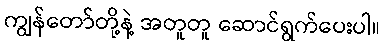
ကျွန်တော်တို့နဲ့ အတူတူ ဆောင်ရွက်ပေးပါ။